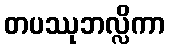
တပဿုဘလ္လိကာ